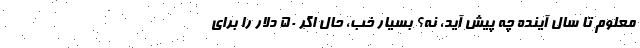
معلوم تا سال آینده چه پیش آید، نه؟ بسیار خب، حال اگر ۵۰ دلار را برای